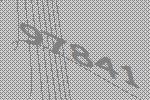
97841